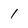
Character: 1